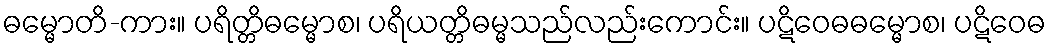
ဓမ္မောတိ-ကား။ ပရိတ္တိဓမ္မောစ၊ ပရိယတ္တိဓမ္မသည်လည်းကောင်း။ ပဋိဝေဓဓမ္မောစ၊ ပဋိဝေဓ